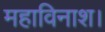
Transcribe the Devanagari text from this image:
महाविनाश।